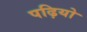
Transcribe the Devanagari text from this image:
पढ़ियो